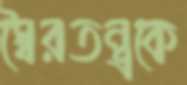
স্বৈরতন্ত্রকে